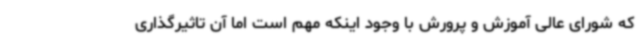
که شورای عالی آموزش و پرورش با وجود اینکه مهم است اما آن تاثیرگذاری